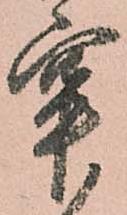
牢